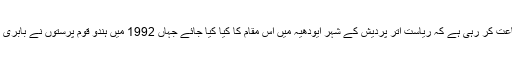
بھارتی سپریم کورٹ سماعت کر رہی ہے کہ ریاست اتر پردیش کے شہر ایودھیہ میں اُس مقام کا کیا کیا جائے جہاں 1992 میں ہندو قوم پرستوں نے بابری مسجد کو منہدم کردیا تھا۔